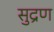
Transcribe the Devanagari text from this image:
सुद्रण